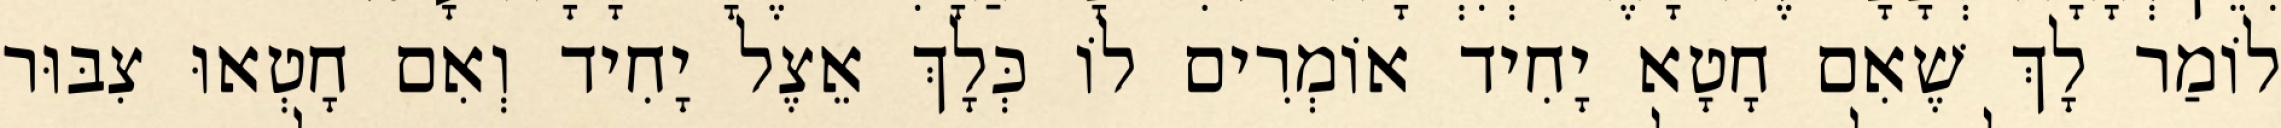
לוֹמַר לָךְ שֶׁאִם חָטָא יָחִיד אוֹמְרִים לוֹ כְּלָךְ אֵצֶל יָחִיד וְאִם חָטְאוּ צִבּוּר